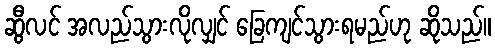
ဆွီလင် အလည်သွားလိုလျှင် ခြေကျင်သွားရမည်ဟု ဆိုသည်။